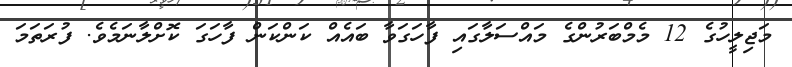
މަޖިލީހުގެ 12 މެމްބަރުންގެ މައްސަލާގައި ފާހަގަވާ ބައެއް ކަންކަން ފާހަގަ ކޮށްލާނަމެވެ. ފުރަތަމަ